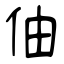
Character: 伷